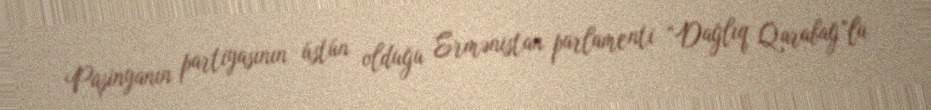
Paşinyanın partiyasının üstün olduğu Ermənistan parlamenti “Dağlıq Qarabağ”la